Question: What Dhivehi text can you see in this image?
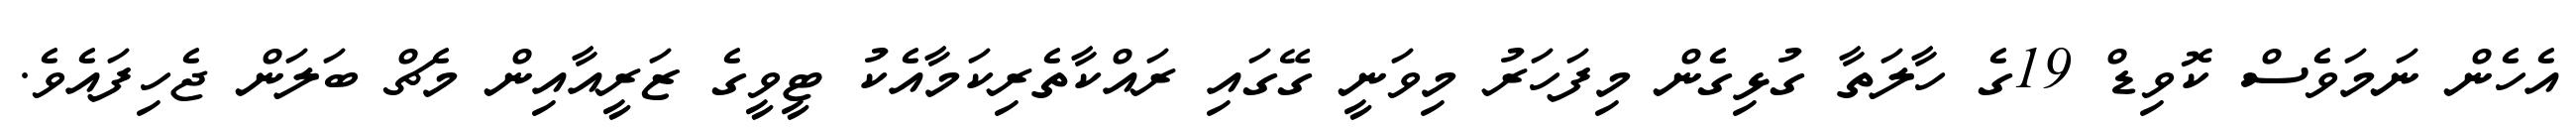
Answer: އެހެން ނަމަވެސް ކޮވިޑް 19ގެ ހާލަތާ ގުޅިގެން މިފަހަރު މިވަނީ ގޭގައި ރައްކާތެރިކަމާއެކު ޓީވީގެ ޒަރީއާއިން މެޗް ބަލަން ޖެހިފައެވެ.